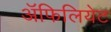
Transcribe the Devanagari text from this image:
अॅफिलियेट